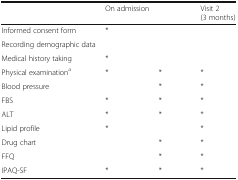
<table><thead><tr><td>[EMPTY_CELL]</td><td><b>On admission</b></td><td>[EMPTY_CELL]</td><td><b>Visit 2 (3 months)</b></td></tr></thead><tbody><tr><td>Informed consent form</td><td>*</td><td>[EMPTY_CELL]</td><td>[EMPTY_CELL]</td></tr><tr><td>Recording demographic data</td><td>[EMPTY_CELL]</td><td>[EMPTY_CELL]</td><td>[EMPTY_CELL]</td></tr><tr><td>Medical history taking</td><td>*</td><td>[EMPTY_CELL]</td><td>[EMPTY_CELL]</td></tr><tr><td>Physical examination<sup>a</sup></td><td>*</td><td>*</td><td>*</td></tr><tr><td>Blood pressure</td><td>[EMPTY_CELL]</td><td>*</td><td>*</td></tr><tr><td>FBS</td><td>*</td><td>*</td><td>*</td></tr><tr><td>ALT</td><td>*</td><td>*</td><td>*</td></tr><tr><td>Lipid profile</td><td>*</td><td>[EMPTY_CELL]</td><td>*</td></tr><tr><td>Drug chart</td><td>[EMPTY_CELL]</td><td>*</td><td>*</td></tr><tr><td>FFQ</td><td>[EMPTY_CELL]</td><td>*</td><td>*</td></tr><tr><td>IPAQ-SF</td><td>*</td><td>*</td><td>*</td></tr></tbody></table>